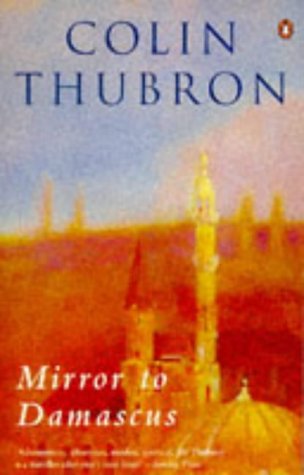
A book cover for Mirror to Damascus; Colin Thubron; Travel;